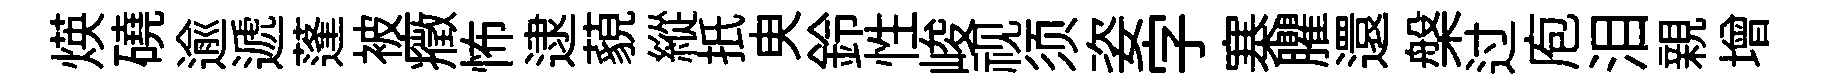
煐磽逾遞蓬被癥怖逮藐縱扺㬰鈴性峻视须姿字寨臞還槃过庖泪親增